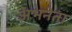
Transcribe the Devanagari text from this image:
अभनेता